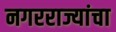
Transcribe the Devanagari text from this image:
नगरराज्यांचा